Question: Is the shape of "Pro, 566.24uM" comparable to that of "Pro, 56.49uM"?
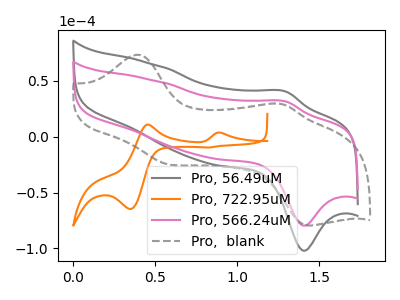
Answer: <think>The gray curve "Pro, 56.49uM" has an anodic peak at (1.30V, 40.35uA) and a cathodic peak at (1.40V, -102.15uA). The orange curve "Pro, 722.95uM" has anodic peaks at (0.90V, 3.70uA) (0.45V, 10.95uA) and cathodic peaks at (0.35V, -64.70uA) (0.85V, -9.55uA). The pink curve "Pro, 566.24uM" has an anodic peak at (1.30V, 31.45uA) and a cathodic peak at (1.40V, -79.65uA). The gray dashed curve "Pro,  blank" has anodic peaks at (0.40V, 73.55uA) (1.25V, 29.40uA) and cathodic peaks at (0.60V, -24.80uA) (1.45V, -79.55uA).
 All the peaks in "Pro, 566.24uM" have a peak in "Pro, 56.49uM" at the same potential. Every peak in "Pro, 566.24uM" is lower than every peak in "Pro, 56.49uM".</think>
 <answer>"Pro, 566.24uM" and "Pro, 56.49uM" are similar in shape.</answer>
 <eval>same_shape</eval>